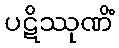
ပဋိဿုဏိံ